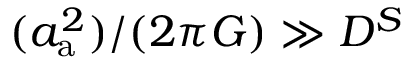
( a _ { \mathrm { a } } ^ { 2 } ) / ( 2 \pi G ) \gg D ^ { S }